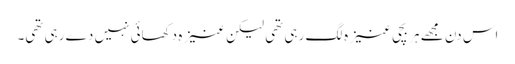
اس دن مجھے ہر بچی عنیزہ لگ رہی تھی لیکن عنیزہ دکھائی نہیں دے رہی تھی۔